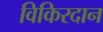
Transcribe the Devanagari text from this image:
विकिरदान